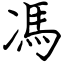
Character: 馮